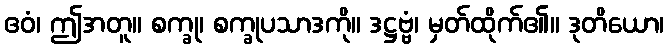
ဧဝံ၊ ဤအတူ။ စက္ခု၊ စက္ခုပသာဒကို။ ဒဋ္ဌဗ္ဗံ၊ မှတ်ထိုက်၏။ ဒုတိယော၊